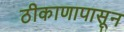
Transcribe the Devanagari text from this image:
ठीकाणापासून